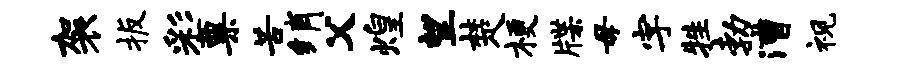
袈扳彩粟苦绡父煌望楚梗牒毋字牲勃漕视